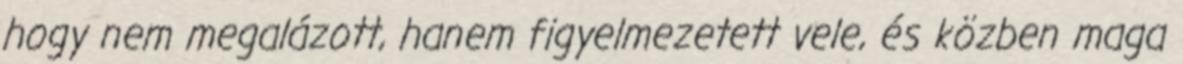
hogy nem megalázott, hanem figyelmezetett vele, és közben maga